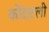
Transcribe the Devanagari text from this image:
कोंदाटली